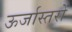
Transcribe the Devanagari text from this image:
ऊर्जास्तरों